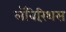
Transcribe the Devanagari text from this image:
लॅबिरिंथस